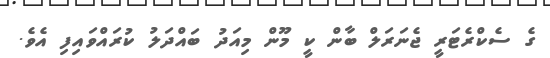
ގެ ސެކްރެޓަރީ ޖެނަރަލް ބާން ކީ މޫން މިއަދު ބައްދަލު ކުރައްވައިފި އެވެ.